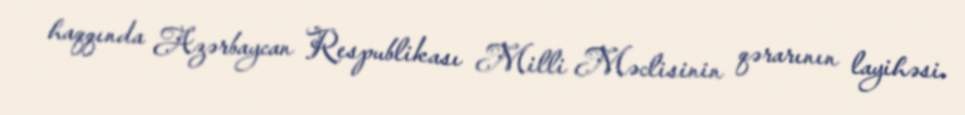
haqqında Azərbaycan Respublikası Milli Məclisinin qərarının layihəsi.